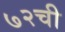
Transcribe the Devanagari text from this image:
७२ची